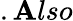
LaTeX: .\mathbf{A}lso